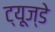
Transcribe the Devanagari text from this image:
ट्यूज्डे